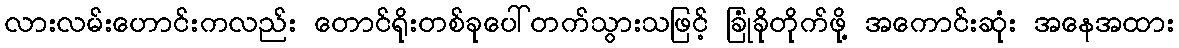
လားလမ်းဟောင်းကလည်း တောင်ရိုးတစ်ခုပေါ်တက်သွားသဖြင့် ခြုံခိုတိုက်ဖို့ အကောင်းဆုံး အနေအထား